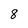
Character: 8